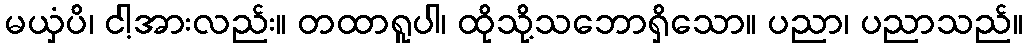
မယှံပိ၊ ငါ့အားလည်း။ တထာရူပါ၊ ထိုသို့သဘောရှိသော။ ပညာ၊ ပညာသည်။